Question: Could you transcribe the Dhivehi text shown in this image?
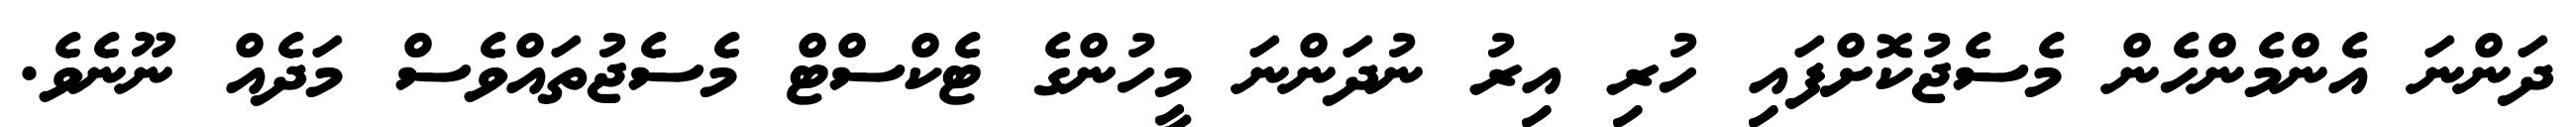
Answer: ދަންނަ އެންމެންހެން މެސެޖުކޮށްފައި ހުރި އިރު ނުދަންނަ މީހުންގެ ޓެކްސްޓް މެސެޖުތައްވެސް މަދެއް ނޫނެވެ.